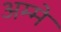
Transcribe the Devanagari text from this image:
अम्मे